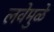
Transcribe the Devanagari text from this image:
लवेमुळे